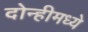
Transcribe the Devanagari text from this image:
दोन्हीमध्ये